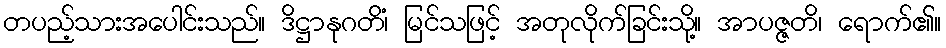
တပည့်သားအပေါင်းသည်။ ဒိဋ္ဌာနုဂတိံ၊ မြင်သဖြင့် အတုလိုက်ခြင်းသို့။ အာပဇ္ဇတိ၊ ရောက်၏။